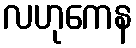
လဟုကေန